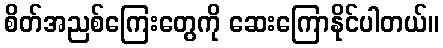
စိတ်အညစ်ကြေးတွေကို ဆေးကြောနိုင်ပါတယ်။